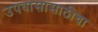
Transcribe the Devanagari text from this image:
उपवासासाठीचा